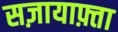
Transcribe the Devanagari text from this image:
सज़ायाफ़्ता